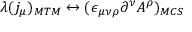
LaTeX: \lambda ( j _ { \mu } ) _ { M T M } \leftrightarrow ( \epsilon _ { \mu \nu \rho } \partial ^ { \nu } A ^ { \rho } ) _ { M C S }